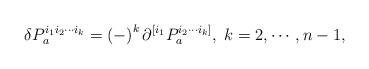
LaTeX: \begin{align*}\delta P_{a}^{i_{1}i_{2}\cdots i_{k}}=\left( -\right) ^{k}\partial^{[i_{1}}P_{a}^{i_{2}\cdots i_{k}]},\;k=2,\cdots ,n-1, \end{align*}